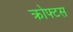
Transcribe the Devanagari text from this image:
क्रोफ्टस